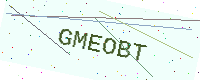
Text: GMEOBT